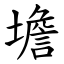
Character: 㙴